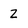
Character: Z